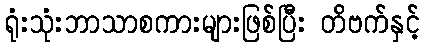
ရုံးသုံးဘာသာစကားများဖြစ်ပြီး တိဗက်နှင့်